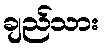
ချည်သား